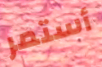
أستمر